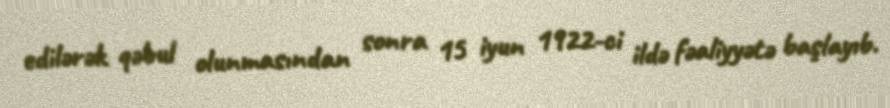
edilərək qəbul olunmasından sonra 15 iyun 1922-ci ildə fəaliyyətə başlayıb.